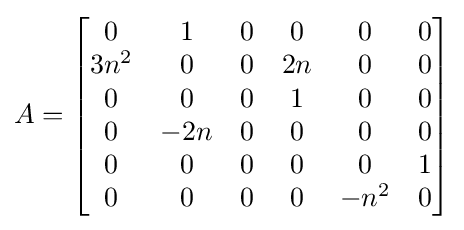
A={\begin{bmatrix}0&1&0&0&0&0\\3n^{2}&0&0&2n&0&0\\0&0&0&1&0&0\\0&-2n&0&0&0&0\\0&0&0&0&0&1\\0&0&0&0&-n^{2}&0\\\end{bmatrix}}